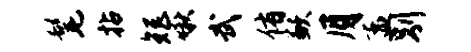
髦拈矩啾武侑歉月孟别